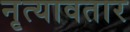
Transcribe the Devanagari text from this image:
नृत्यावतार